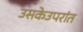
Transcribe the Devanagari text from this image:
उसकेउपरांत